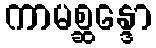
ကာမစ္ဆန္ဒော